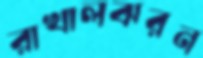
রাখালঝরন